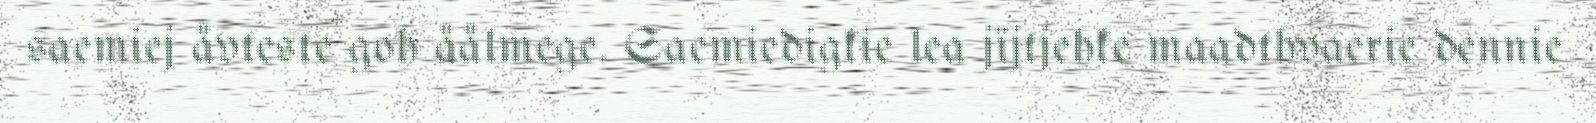
saemiej åvteste goh åålmege. Saemiedigkie lea jïjtjehke maadthvaerie dennie